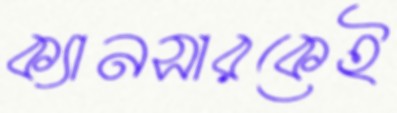
ক্যানসারকেই